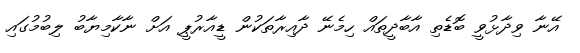
އޭނާ ވިދާޅުވީ ބޮޑެތި އާބާދީތައް ހިމެނޭ ދާއިރާތަކުން ޑީއާރުޕީ އަށް ނާކާމިޔާބު ލިބުމުގައި